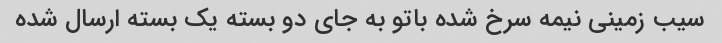
سیب زمینی نیمه سرخ شده باتو به جای دو بسته یک بسته ارسال شده